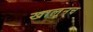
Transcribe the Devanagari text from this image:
खालूनच